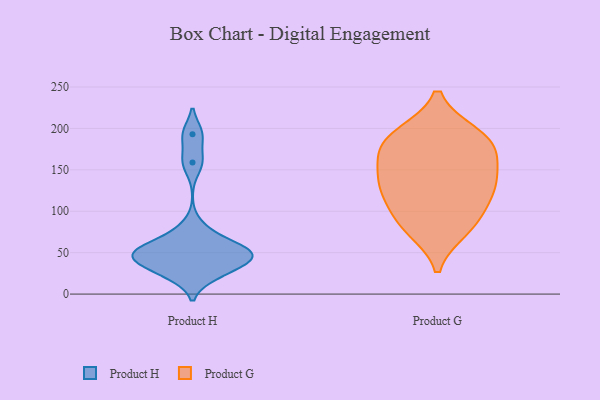
{"axis": {"x": "Waste Production (Tons)", "y": "Value"}, "legend": ["Product G", "Product H"], "data": [{"x": "", "y": 29, "type": "Product H"}, {"x": "", "y": 39, "type": "Product H"}, {"x": "", "y": 51, "type": "Product H"}, {"x": "", "y": 193, "type": "Product H"}, {"x": "", "y": 159, "type": "Product H"}, {"x": "", "y": 23, "type": "Product H"}, {"x": "", "y": 77, "type": "Product H"}, {"x": "", "y": 57, "type": "Product H"}, {"x": "", "y": 51, "type": "Product H"}, {"x": "", "y": 45, "type": "Product H"}, {"x": "", "y": 49, "type": "Product H"}, {"x": "", "y": 130, "type": "Product G"}, {"x": "", "y": 91, "type": "Product G"}, {"x": "", "y": 193, "type": "Product G"}, {"x": "", "y": 162, "type": "Product G"}, {"x": "", "y": 78, "type": "Product G"}, {"x": "", "y": 184, "type": "Product G"}, {"x": "", "y": 157, "type": "Product G"}, {"x": "", "y": 131, "type": "Product G"}, {"x": "", "y": 192, "type": "Product G"}, {"x": "", "y": 84, "type": "Product G"}, {"x": "", "y": 119, "type": "Product G"}, {"x": "", "y": 178, "type": "Product G"}, {"x": "", "y": 130, "type": "Product G"}]}